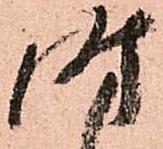
時